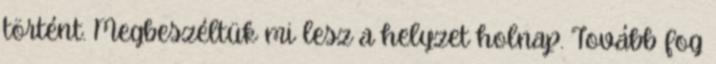
történt. Megbeszéltük mi lesz a helyzet holnap. Tovább fog